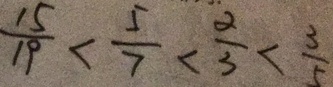
\frac { 1 5 } { 1 9 } < \frac { 5 } { 7 } < \frac { 2 } { 3 } < \frac { 3 } { 5 }